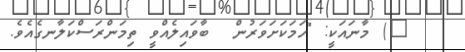
٩) މާނައަކީ: "ހަމަކަށަވަރުން  ބާވައިލެއްވީ ތިމަންރަސްކަލާނގެއެވެ.